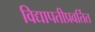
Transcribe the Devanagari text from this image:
विद्यापतीप्रवर्तित